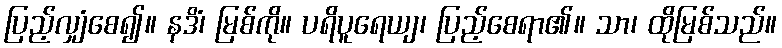
ပြည့်လျှံစေ၍။ နဒိံ၊ မြစ်ကို။ ပရိပူရေယျ၊ ပြည့်စေရာ၏။ သာ၊ ထိုမြစ်သည်။